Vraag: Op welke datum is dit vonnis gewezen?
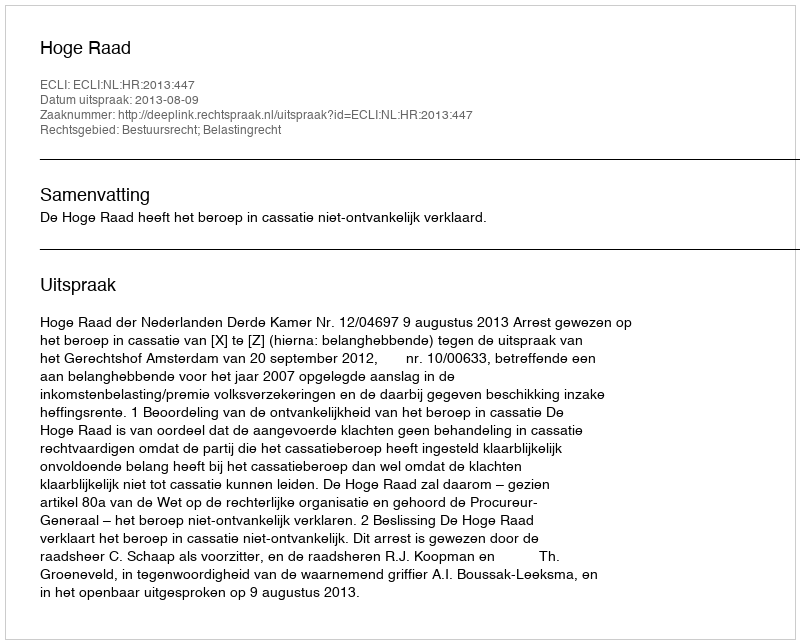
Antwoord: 2013-08-09